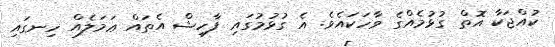
ކުއްޖަކާ އޮތް ގުޅުމެއްގެ ވާހަކައެވެ. އެ ގުޅުމުގައި ފާހިޝް އެތައް ޢަމަލެއް ހިނގައި